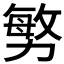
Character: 𭄼